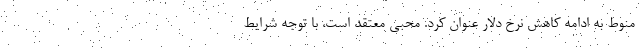
منوط به ادامه کاهش نرخ دلار عنوان کرد. محبی معتقد است، با توجه شرایط